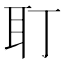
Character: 耵